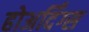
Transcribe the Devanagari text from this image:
होअर्दिंग्स